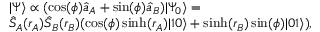
\begin{array} { r l } & { \vert \Psi \rangle \propto ( \cos ( \phi ) \hat { a } _ { A } + \sin ( \phi ) \hat { a } _ { B } ) \vert \Psi _ { 0 } \rangle = } \\ & { \hat { S } _ { A } ( r _ { A } ) \hat { S } _ { B } ( r _ { B } ) ( \cos ( \phi ) \sinh ( r _ { A } ) \vert 1 0 \rangle + \sinh ( r _ { B } ) \sin ( \phi ) \vert 0 1 \rangle ) , } \end{array}